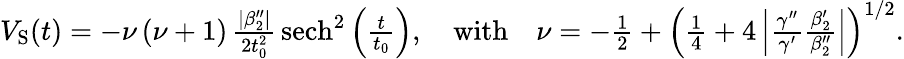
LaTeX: \begin{array}{r}{V_{\mathrm{{S}}}(t)=-\nu\, (\nu+1)\, \frac{|\beta_{2}^{\prime\prime}|}{2t_{0}^{2}}\, {\mathrm{sech}}^{2}\left(\frac{t}{t_{0}}\right),\quad\mathrm{with}\quad\nu=-\frac{1}{2}+\left(\frac{1}{4}+4\left|\frac{\gamma^{\prime\prime}}{\gamma^{\prime}}\frac{\beta_{2}^{\prime}}{\beta_{2}^{\prime\prime}}\right|\right)^{1/2}.}\end{array}